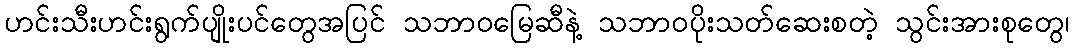
ဟင်းသီးဟင်းရွက်ပျိုးပင်တွေအပြင် သဘာဝမြေဆီနဲ့ သဘာဝပိုးသတ်ဆေးစတဲ့ သွင်းအားစုတွေ၊